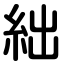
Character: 絀